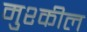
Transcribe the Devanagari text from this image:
मुश्कील